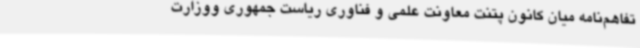
تفاهم‌نامه‌ میان کانون پتنت معاونت علمی و فناوری ریاست جمهوری ووزارت